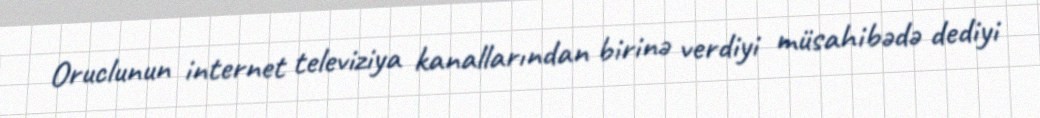
Oruclunun internet televiziya kanallarından birinə verdiyi müsahibədə dediyi